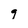
Character: q